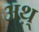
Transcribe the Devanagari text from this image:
अथ़्